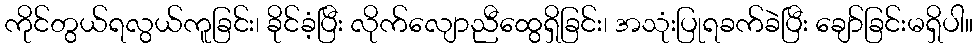
ကိုင်တွယ်ရလွယ်ကူခြင်း၊ ခိုင်ခံ့ပြီး လိုက်လျောညီထွေရှိခြင်း၊ အသုံးပြုရခက်ခဲပြီး ချော်ခြင်းမရှိပါ။